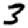
Digit: 3